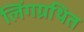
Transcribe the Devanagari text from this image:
लिंगग्रथित